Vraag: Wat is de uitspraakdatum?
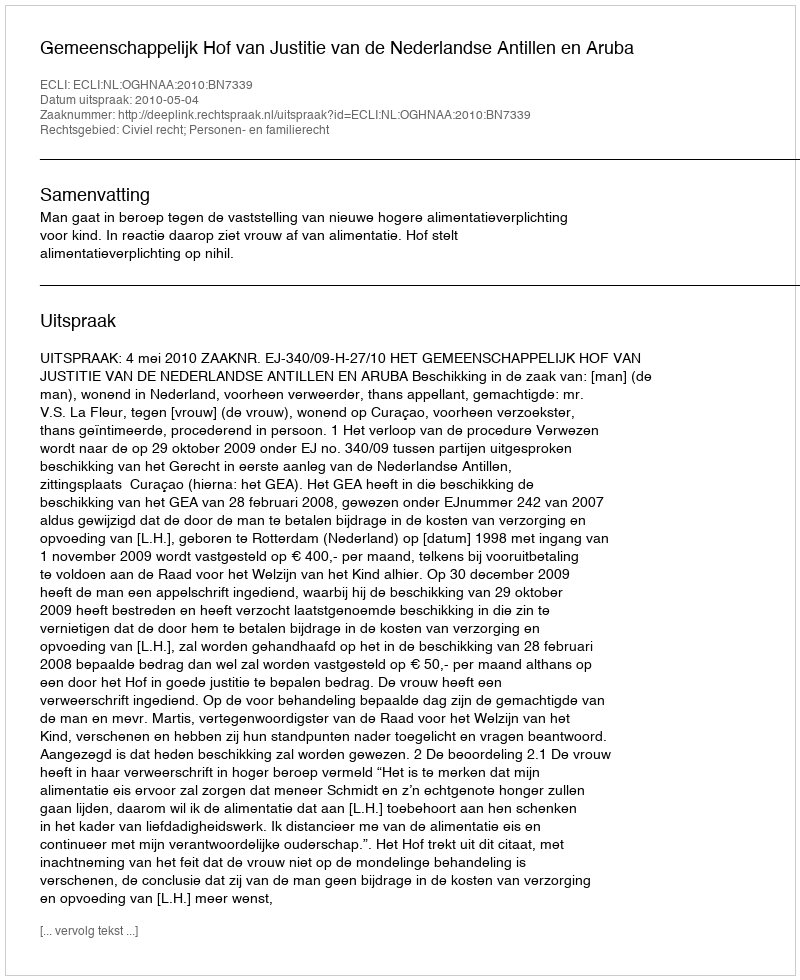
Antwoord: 2010-05-04